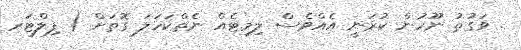
. ޥަގުތު ނޫހުން ކުރަނީ އެއްވެސް ލިމިޓެއް ނެތްކަހަލަ ގޮތަށް ( ފިލްޓަރ